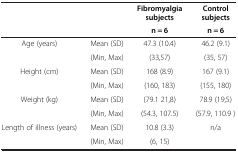
<table><thead><tr><td><b> </b></td><td><b> </b></td><td><b>Fibromyalgia subjects</b></td><td><b>Control subjects</b></td></tr><tr><td><b> </b></td><td><b> </b></td><td><b>n = 6</b></td><td><b>n = 6</b></td></tr></thead><tbody><tr><td rowspan="2">Age (years)</td><td>Mean (SD)</td><td>47.3 (10.4)</td><td>46.2 (9.1)</td></tr><tr><td>(Min, Max)</td><td>(33,57)</td><td>(35, 57)</td></tr><tr><td rowspan="2">Height (cm)</td><td>Mean (SD)</td><td>168 (8.9)</td><td>167 (9.1)</td></tr><tr><td>(Min, Max)</td><td>(160, 183)</td><td>(155, 180)</td></tr><tr><td rowspan="2">Weight (kg)</td><td>Mean (SD)</td><td>(79.1 21,8)</td><td>78.9 (19,5)</td></tr><tr><td>(Min, Max)</td><td>(54.3, 107.5)</td><td>(57.9, 110.9 )</td></tr><tr><td>Length of illness (years)</td><td>Mean (SD)</td><td>10.8 (3.3)</td><td>n/a</td></tr><tr><td> </td><td>(Min, Max)</td><td>(6, 15)</td><td> </td></tr></tbody></table>